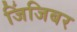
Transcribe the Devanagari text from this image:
जिंजिबर